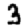
Digit: 3